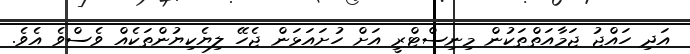
އަދި ހައްޖު ޖަމާއަތްތަކުން މިނިސްޓްރީ އަށް ހުށައަޅަން ޖެހޭ ލިޔެކިޔުންތަކެއް ވެސްވެ އެވެ.